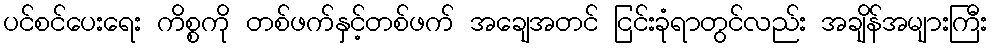
ပင်စင်ပေးရေး ကိစ္စကို တစ်ဖက်နှင့်တစ်ဖက် အချေအတင် ငြင်းခုံရာတွင်လည်း အချိန်အများကြီး